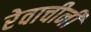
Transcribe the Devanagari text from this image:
रेवाचीनी